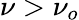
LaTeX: \nu>\nu_{o}